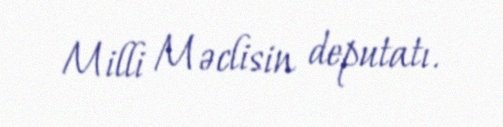
Milli Məclisin deputatı.